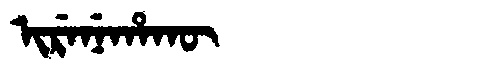
Manchu: ᡳᡵᡝᠨᡝᡥᠠᡴᡡ
Romanization: IRENEHAKŪ